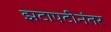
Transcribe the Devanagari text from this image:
झटापटीनंतर